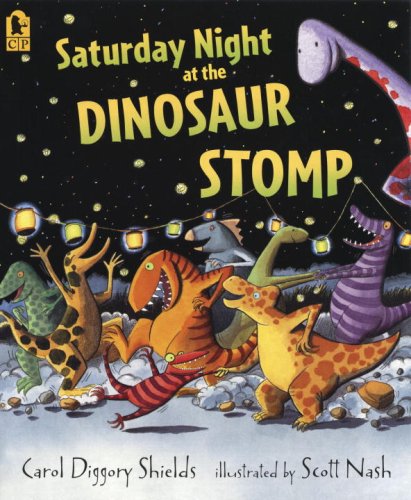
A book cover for Saturday Night at the Dinosaur Stomp; Carol Diggory Shields; Children's Books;